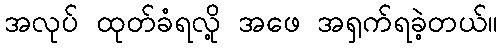
အလုပ် ထုတ်ခံရလို့ အဖေ အရှက်ရခဲ့တယ်။